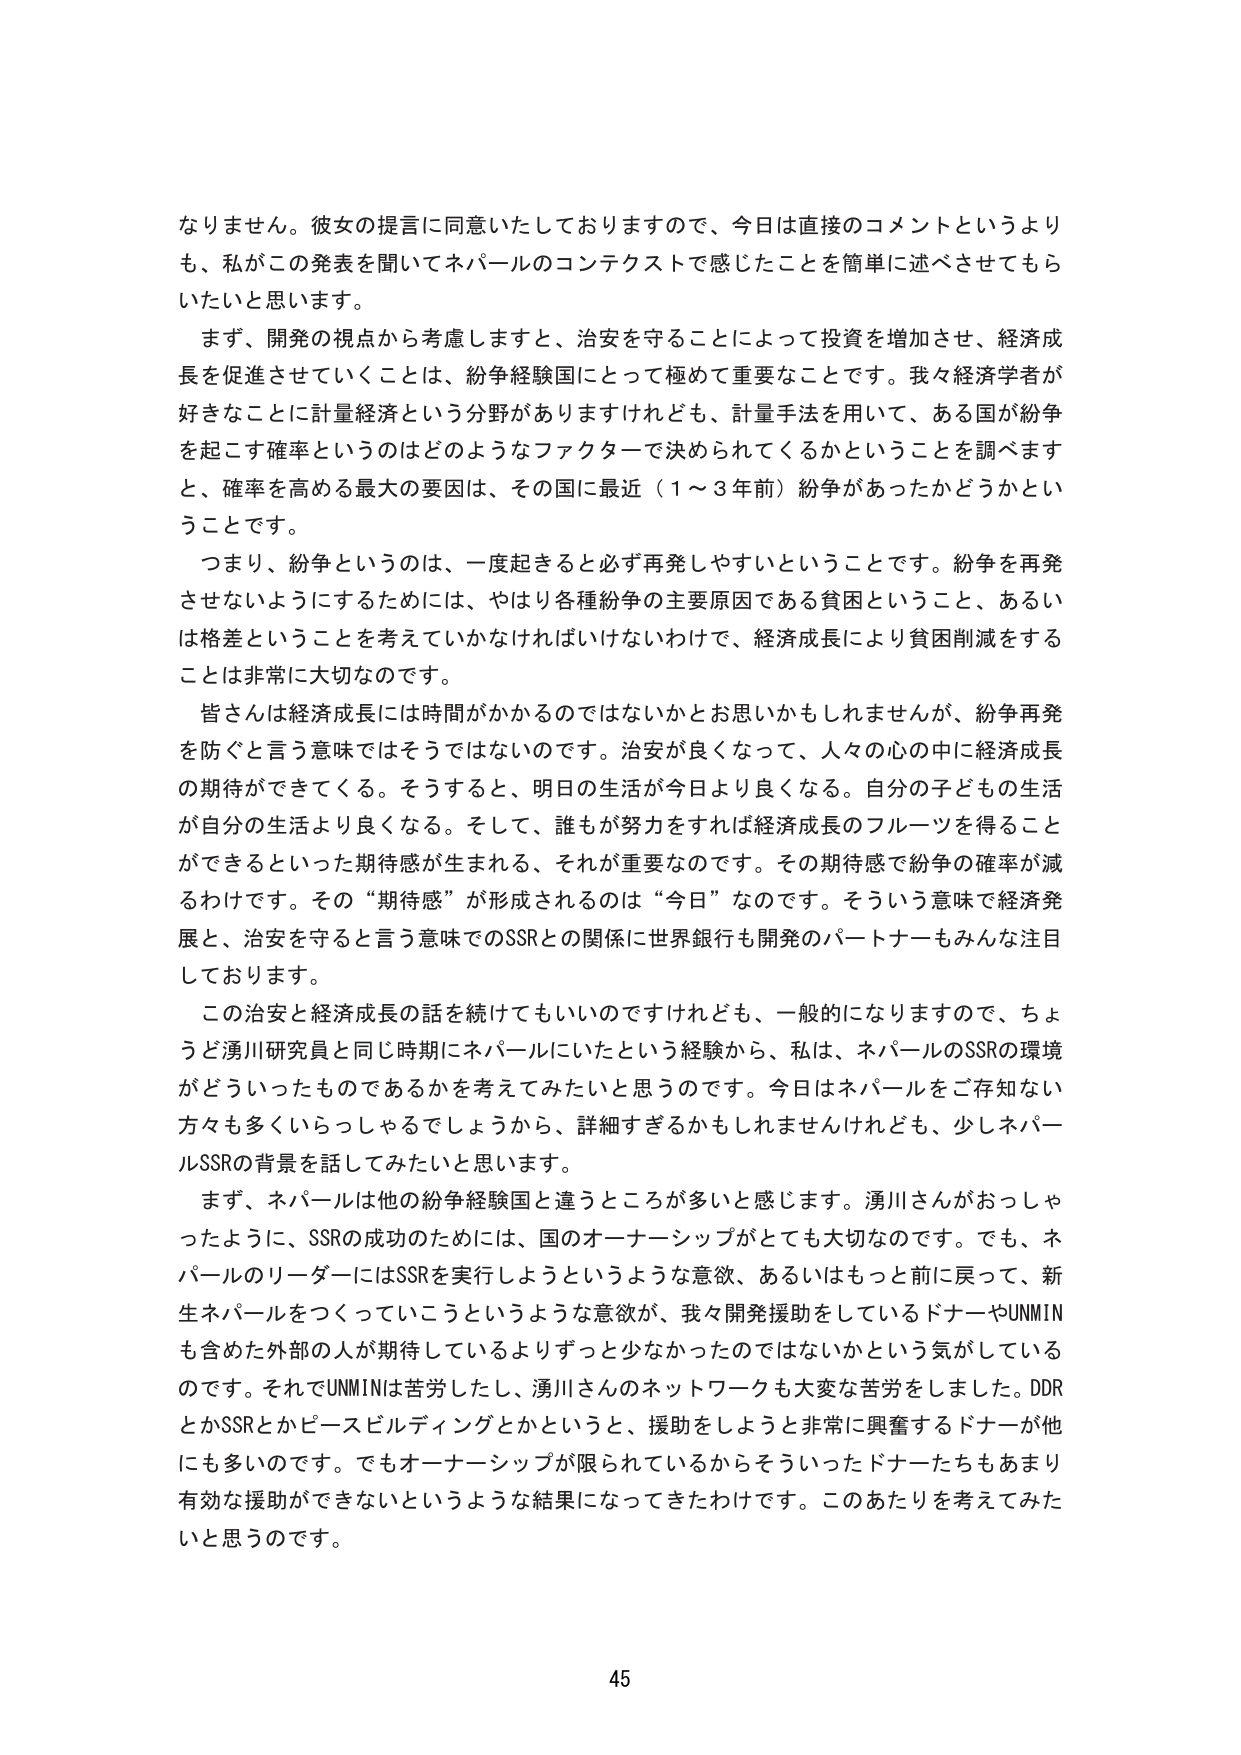
なりません。彼女の提言に同意いたしておりますので、今日は直接のコメントというよりも、私がこの発表を聞いてネパールのコンテクストで感じたことを簡単に述べさせてもらいたいと思います。

まず、開発の視点から考慮しますと、治安を守ることによって投資を増加させ、経済成長を促進させていくことは、紛争経験国にとって極めて重要なことです。我々経済学者が好きなことに計量経済という分野がありますけれども、計量手法を用いて、ある国が紛争を起こす確率というのはどのようなファクターで決められてくるかということを調べますと、確率を高める最大の要因は、その国に最近（1～3年前）紛争があったかどうかということです。

つまり、紛争というのは、一度起きると必ず再発しやすいということです。紛争を再発させないようにするためには、やはり各種紛争の主要原因である貧困ということ、あるいは格差ということを考えていかなければならないわけで、経済成長により貧困削減をすることは非常に大切なのです。

皆さんは経済成長には時間がかかるのではないかと思いかもしれませんが、紛争再発を防ぐと言う意味ではそうではないのです。治安が良くなって、人々の心の中に経済成長の期待ができてくる。そうすると、明日の生活が今日より良くなる。自分の子どもたちの生活が自分の生活より良くなる。そして、誰もが努力をすれば経済成長のフルーツを得ることができるといった期待感が生まれる、それが重要なのです。その期待感で紛争の確率が減るわけです。その“期待感”が形成されるのは“今日”なのです。そういう意味で経済発展と、治安を守ると言う意味でのSSRとの関係に世界銀行も開発のパートナーもみんな注目しております。

この治安と経済成長の話を続けてもいいのですけれども、一般的になりますので、ちょうど湧川研究員と同じ時期にネパールにいたという経験から、私は、ネパールのSSRの環境がどういったものであるかを考えてみたいと思うのです。今日はネパールをご存知ない方々も多くいらっしゃるでしょうから、詳細すぎるかもしれませんが、少しネパールSSRの背景を話してみたいと思います。

まず、ネパールは他の紛争経験国と違うところが多いと感じます。湧川さんがおっしゃったように、SSRの成功のためには、国のオーナーシップがとても大切なのです。でも、ネパールのリーダーにはSSRを実行しようというような意欲、あるいはもっと前に戻って、新生ネパールをつくっていこうというような意欲が、我々開発援助をしているドナーやUNMINも含めた外部の人が期待しているよりずっと少なかったのではないかという気がしているのです。それでUNMINは苦労したし、湧川さんのネットワークも大変な苦労をしました。DDRとかSSRとかピースビルディングとかというと、援助をしようと非常に興奮するドナーが他にも多いのです。でもオーナーシップが限られているからそういったドナーたちもあまり有効な援助ができないというような結果になってきたわけです。このあたりを考えてみたいと思うのです。

45